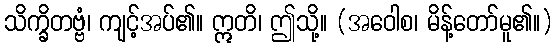
သိက္ခိတဗ္ဗံ၊ ကျင့်အပ်၏။ ဣတိ၊ ဤသို့။ (အဝေါစ၊ မိန့်တော်မူ၏။)